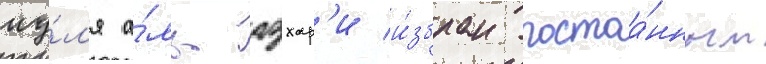
иу́л'я а́ль-азхар'и и́збран постоа́нным